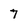
Character: 7